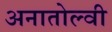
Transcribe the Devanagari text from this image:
अनातोल्वी